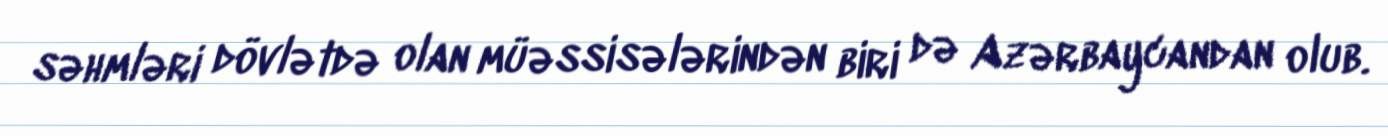
səhmləri dövlətdə olan müəssisələrindən biri də Azərbaycandan olub.